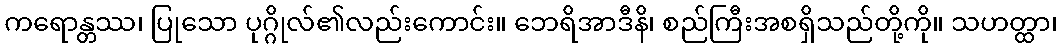
ကရောန္တဿ၊ ပြုသော ပုဂ္ဂိုလ်၏လည်းကောင်း။ ဘေရိအာဒီနိ၊ စည်ကြီးအစရှိသည်တို့ကို။ သဟတ္ထာ၊